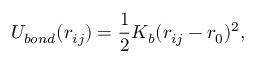
U _ { b o n d } ( r _ { i j } ) = \frac { 1 } { 2 } K _ { b } ( r _ { i j } - r _ { 0 } ) ^ { 2 } ,